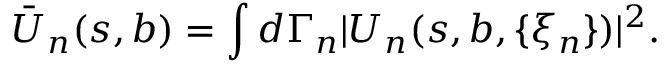
\bar { U } _ { n } ( s , b ) = \int d \Gamma _ { n } | U _ { n } ( s , b , \{ \xi _ { n } \} ) | ^ { 2 } .